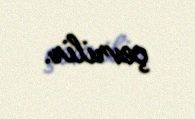
çevrilir.